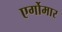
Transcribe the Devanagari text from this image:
एर्गोमार